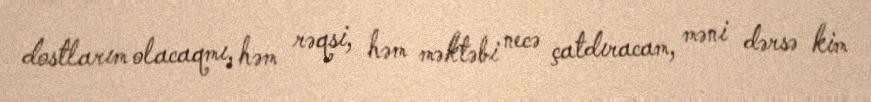
dostlarım olacaqmı, həm rəqsi, həm məktəbi necə çatdıracam, məni dərsə kim